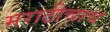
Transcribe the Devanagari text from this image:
मराठीचाच